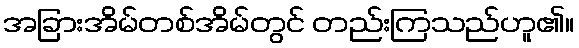
အခြားအိမ်တစ်အိမ်တွင် တည်းကြသည်ဟူ၏။